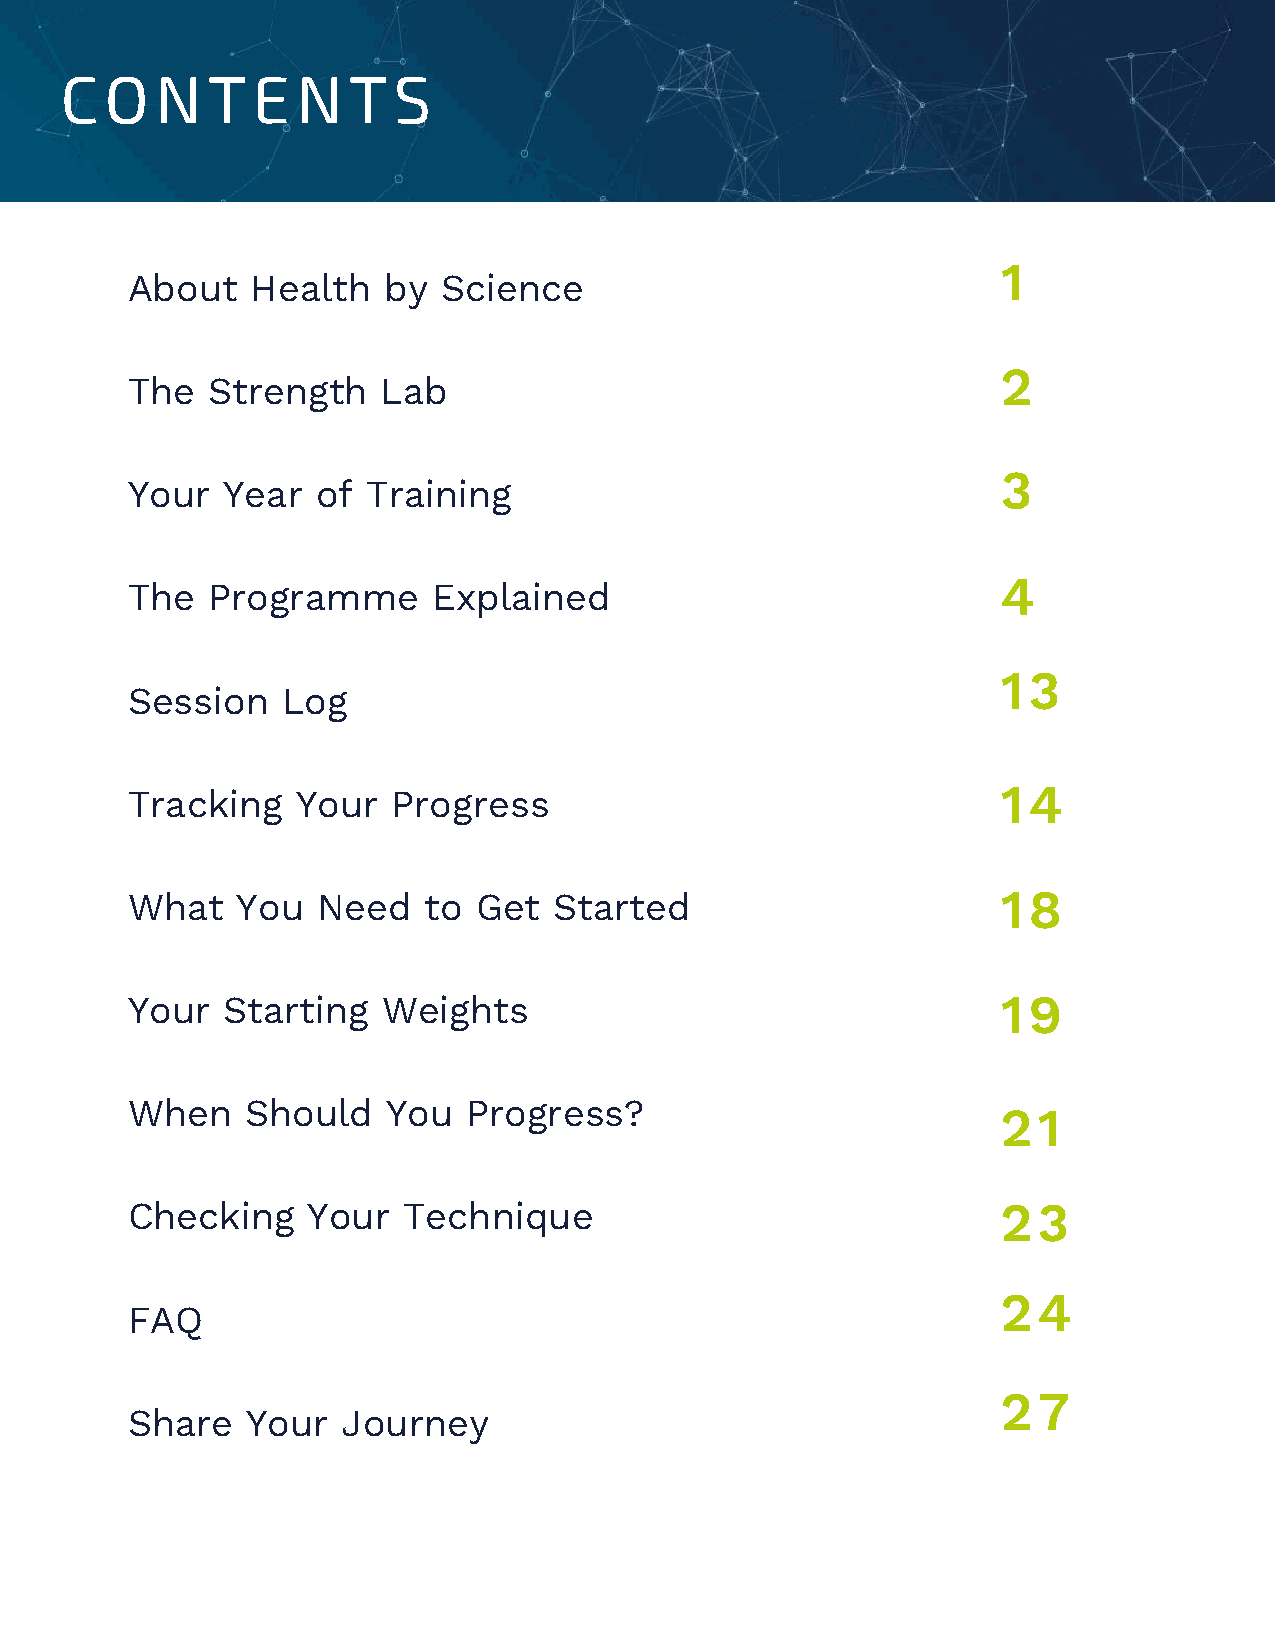
CONTENTS
 1
 About    Health  by  Science
 2
 The   Strength   Lab
 3
 Your   Year  of Training
 4
 The   Programme      Explained
 13
 Session    Log
 14
 Tracking    Your  Progress
 What    You  Need   to Get   Started                      18
 Your   Starting  Weights                                  19
 When    Should    You  Progress?
 21
 Checking    Your   Technique                              23
 24
 FAQ
 27
 Share   Your   Journey